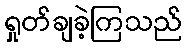
ရှုတ်ချခဲ့ကြသည်